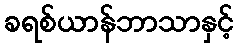
ခရစ်ယာန်ဘာသာနှင့်